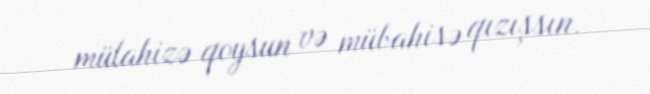
mülahizə qoysun və mübahisə qızışsın.